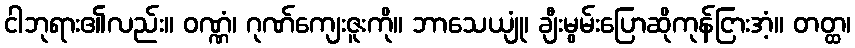
ငါဘုရား၏လည်း။ ဝဏ္ဏံ၊ ဂုဏ်ကျေးဇူးကို။ ဘာသေယျုံ၊ ချီးမွမ်းပြောဆိုကုန်ငြားအံ့။ တတ္ထ၊